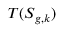
T ( S _ { g , k } )